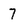
Character: 7